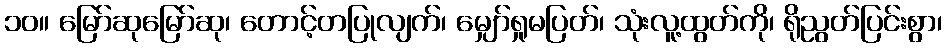
၁၀။ မြော်ဆုမြော်ဆု၊ တောင့်တပြုလျက်၊ မျှော်ရှုမပြတ်၊ သုံးလူ့ထွတ်ကို၊ ရိုညွတ်ပြင်းစွာ၊